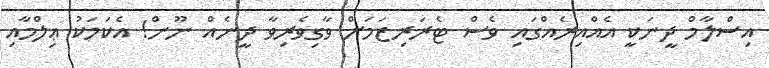
އިސްލާމް ދީނަކީ އެއްއިރެއްގައި ވެސް ޓެރަރިޒަމަށް ވާގިވެރިވާ ދީނެއް ނޫން! އެކަމަކު ޢިލްމާއި